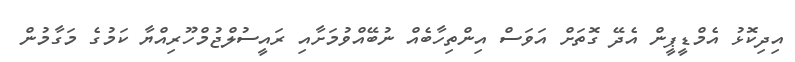
އިދިކޮޅު އެމްޑީޕީން އެދޭ ގޮތަށް އަވަސް އިންތިހާބެއް ނުބޭއްވުމަށާއި ރައީސުލްޖުމްހޫރިއްޔާ ކަމުގެ މަގާމުން